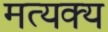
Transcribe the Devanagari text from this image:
मत्यक्य